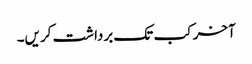
آخر کب تک برداشت کریں۔